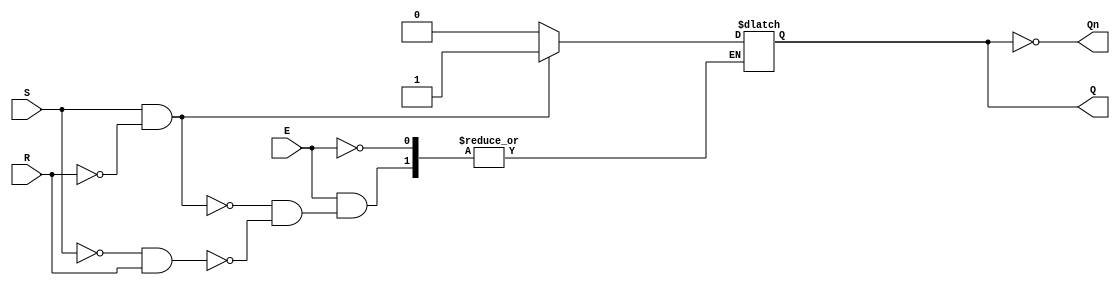
module gated_sr_latch (
    input wire S,       // Set input
    input wire R,       // Reset input
    input wire E,       // Enable input
    output reg Q,       // Output Q
    output wire Qn      // Complementary output (not Q)
);
    
    // Complementary output
    assign Qn = ~Q;

    always @ (E or S or R) begin
        if (E) begin
            if (S && ~R) begin
                Q <= 1'b1;  // Set Q to 1
            end else if (~S && R) begin
                Q <= 1'b0;  // Reset Q to 0
            end
            // If S = 0 and R = 0, maintain the current state (no action)
            // If S = 1 and R = 1, this condition is forbidden; do not change Q
        end
        // If E = 0, do nothing (retain the state)
    end

endmodule